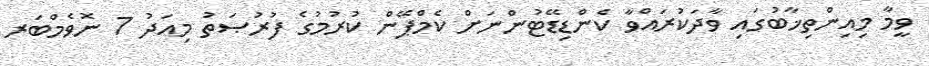
ވީމާ މިއިންތިޚާބުގައި ވާދަކުރައްވާ ކެންޑިޑޭޓުންނަށް ކެމްޕޭން ކުރުމުގެ ފުރުޞަތު މިއަދު 7 ނޮވެމްބަރ